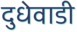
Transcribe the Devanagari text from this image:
दुधेवाडी